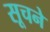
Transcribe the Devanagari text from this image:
सूचने